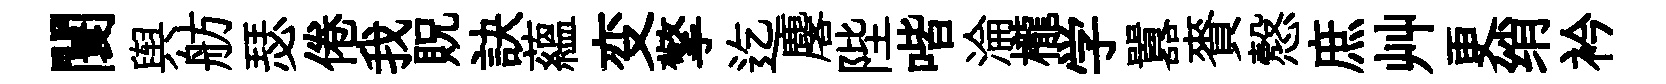
闤舆舫瑟倦我貺訣蘊变擎迄麐陛喈淪櫳学囂賚慤庶艸更绡衿